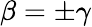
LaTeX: \beta=\pm\gamma